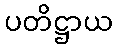
ပတိဋ္ဌာယ